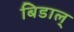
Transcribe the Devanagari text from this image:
बिडाल्